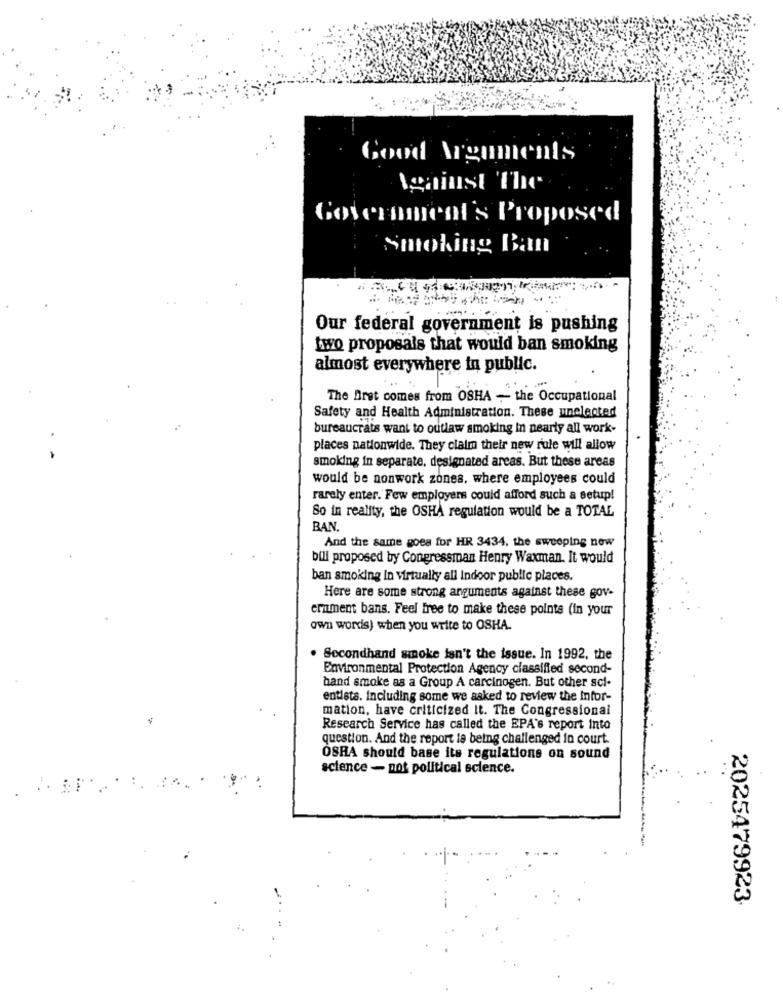
Good Arguments
Against The
Government's Proposed
Smoking Ban
Our federal government is pushing
two proposals that would ban smoking
almost everywhere in public.
The Bret comes from OSHA - the Occupational
Safety and Health Administration. These unelected
bureaucrats want to outlaw smoking In nearly all work-
places nationwide. They claim their new role will allow
smoking in separate, designated areas. But these areas
would be nonwork zones, where employees could
rarely enter. Few employers could afford such a setup!
So in reality, the OSHA regulation would be a TOTAL
BAN.
And the same goes for HR 3434, the sweeping new
bili proposed by Congressman Henry Waxman. It would
ban smoking in virtually all indoor public places.
Here are some strong arguments against these gov-
emment bans. Feel Free to make these points (in your
own words) when you write to OSHA.
. Secondhand smoke isn't the issue. In 1992, the
Environmental Protection Agency classified second-
hand smoke as a Group A carcinogen. But other sci-
entista. including some we asked to review the Infor-
mation, have criticized It. The Congressional
Research Service has called the EPA's report Into
question. And the report la being challenged in court.
OSHA should base its regulations on sound
science - not political science.
2025479923